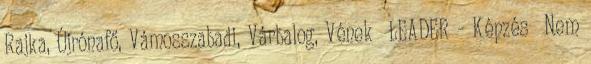
Rajka, Újrónafő, Vámosszabadi, Várbalog, Vének ▪LEADER - Képzés ▪Nem